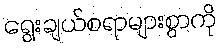
ရွေးချယ်စရာများစွာကို